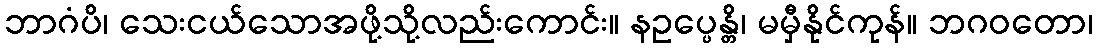
ဘာဂံပိ၊ သေးငယ်သောအဖို့သို့လည်းကောင်း။ နဥပ္ပေန္တိ၊ မမှီနိုင်ကုန်။ ဘဂဝတော၊